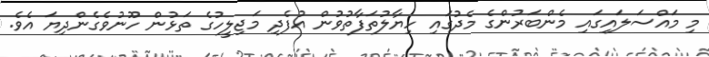
މި މައްސަލައިގައި މެންބަރުންގެ މެދުގައި ހިޔާލުތަފާތުވުން އުފެދި މަޖިލީހުގެ ތަޅުން ހޫނުވެގެންދިޔަ އެވެ.